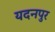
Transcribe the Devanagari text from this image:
यदनपुर